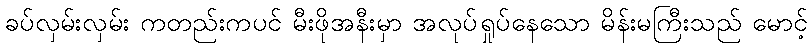
ခပ်လှမ်းလှမ်း ကတည်းကပင် မီးဖိုအနီးမှာ အလုပ်ရှုပ်နေသော မိန်းမကြီးသည် မောင့်